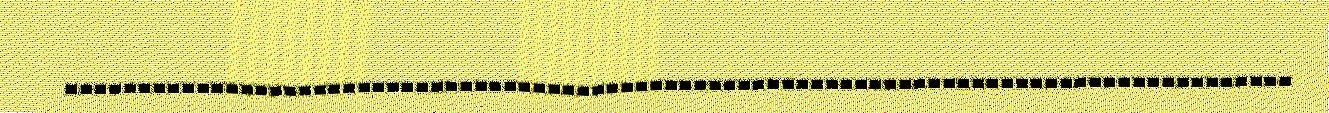
....................................................................................